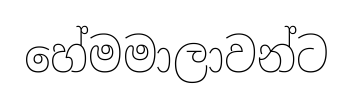
හේමමාලාවන්ට